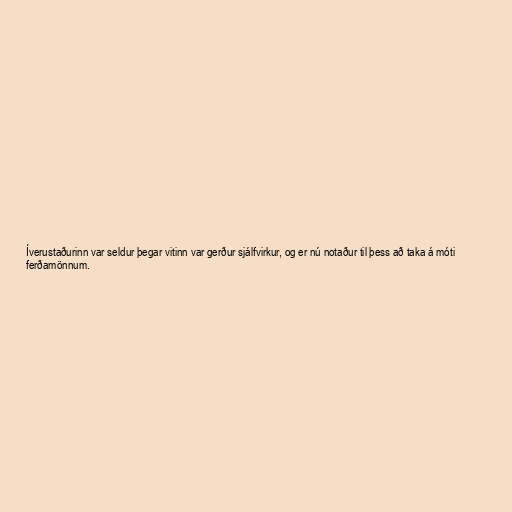
Íverustaðurinn var seldur þegar vitinn var gerður sjálfvirkur, og er nú notaður til þess að taka á móti
ferðamönnum.